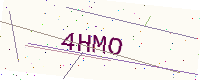
Text: 4HMO